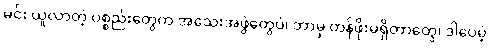
မင်း ယူလာတဲ့ ပစ္စည်းတွေက အသေးအဖွဲတွေပဲ၊ ဘာမှ တန်ဖိုးမရှိတာတွေ၊ ဒါပေမဲ့